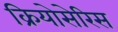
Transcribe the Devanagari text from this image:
क्रियोसेरिस